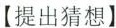
【提出猜想】